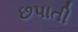
છપાતી